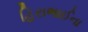
હિરાભાઈના